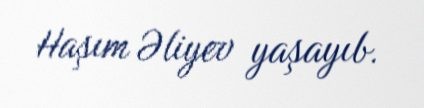
Haşım Əliyev yaşayıb.